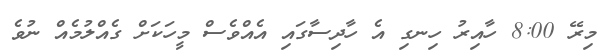
މިރޭ 8:00 ހާއިރު ހިނގި އެ ހާދިސާގައި އެއްވެސް މީހަކަށް ގެއްލުމެއް ނުވެ